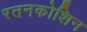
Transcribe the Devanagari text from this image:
रतनकोशिन